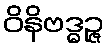
ဝိနိဗဒ္ဓဉ္ဇ